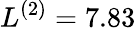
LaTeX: L^{(2)}=7.83